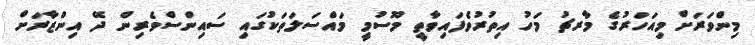
މިންވަރަށް މިއަހަރުގެ މާރޗު މަހު އިތުރުވެފައިވާތީ މޫސުމީ މައްސަލަތަކުގައި ސައިންސްވެރިން ދޭ އިންޒާރަށް